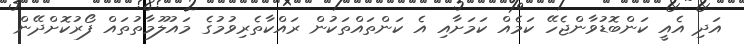
އަދި އެއީ ކަންބޮޑުވާންޖެހޭ ކަމެއް ކަމަށާއި އެ ކަންތައްތަކުން ރައްކާތެރިވުމުގެ މައުލޫމާތުތައް ފޯރުކޮށްދޭން